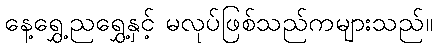
နေ့ရွှေ့ညရွှေ့နှင့် မလုပ်ဖြစ်သည်ကများသည်။